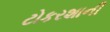
ટોકરશાની